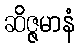
ဆိဇ္ဇမာနံ